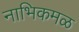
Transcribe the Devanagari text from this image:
नाभिकमळ